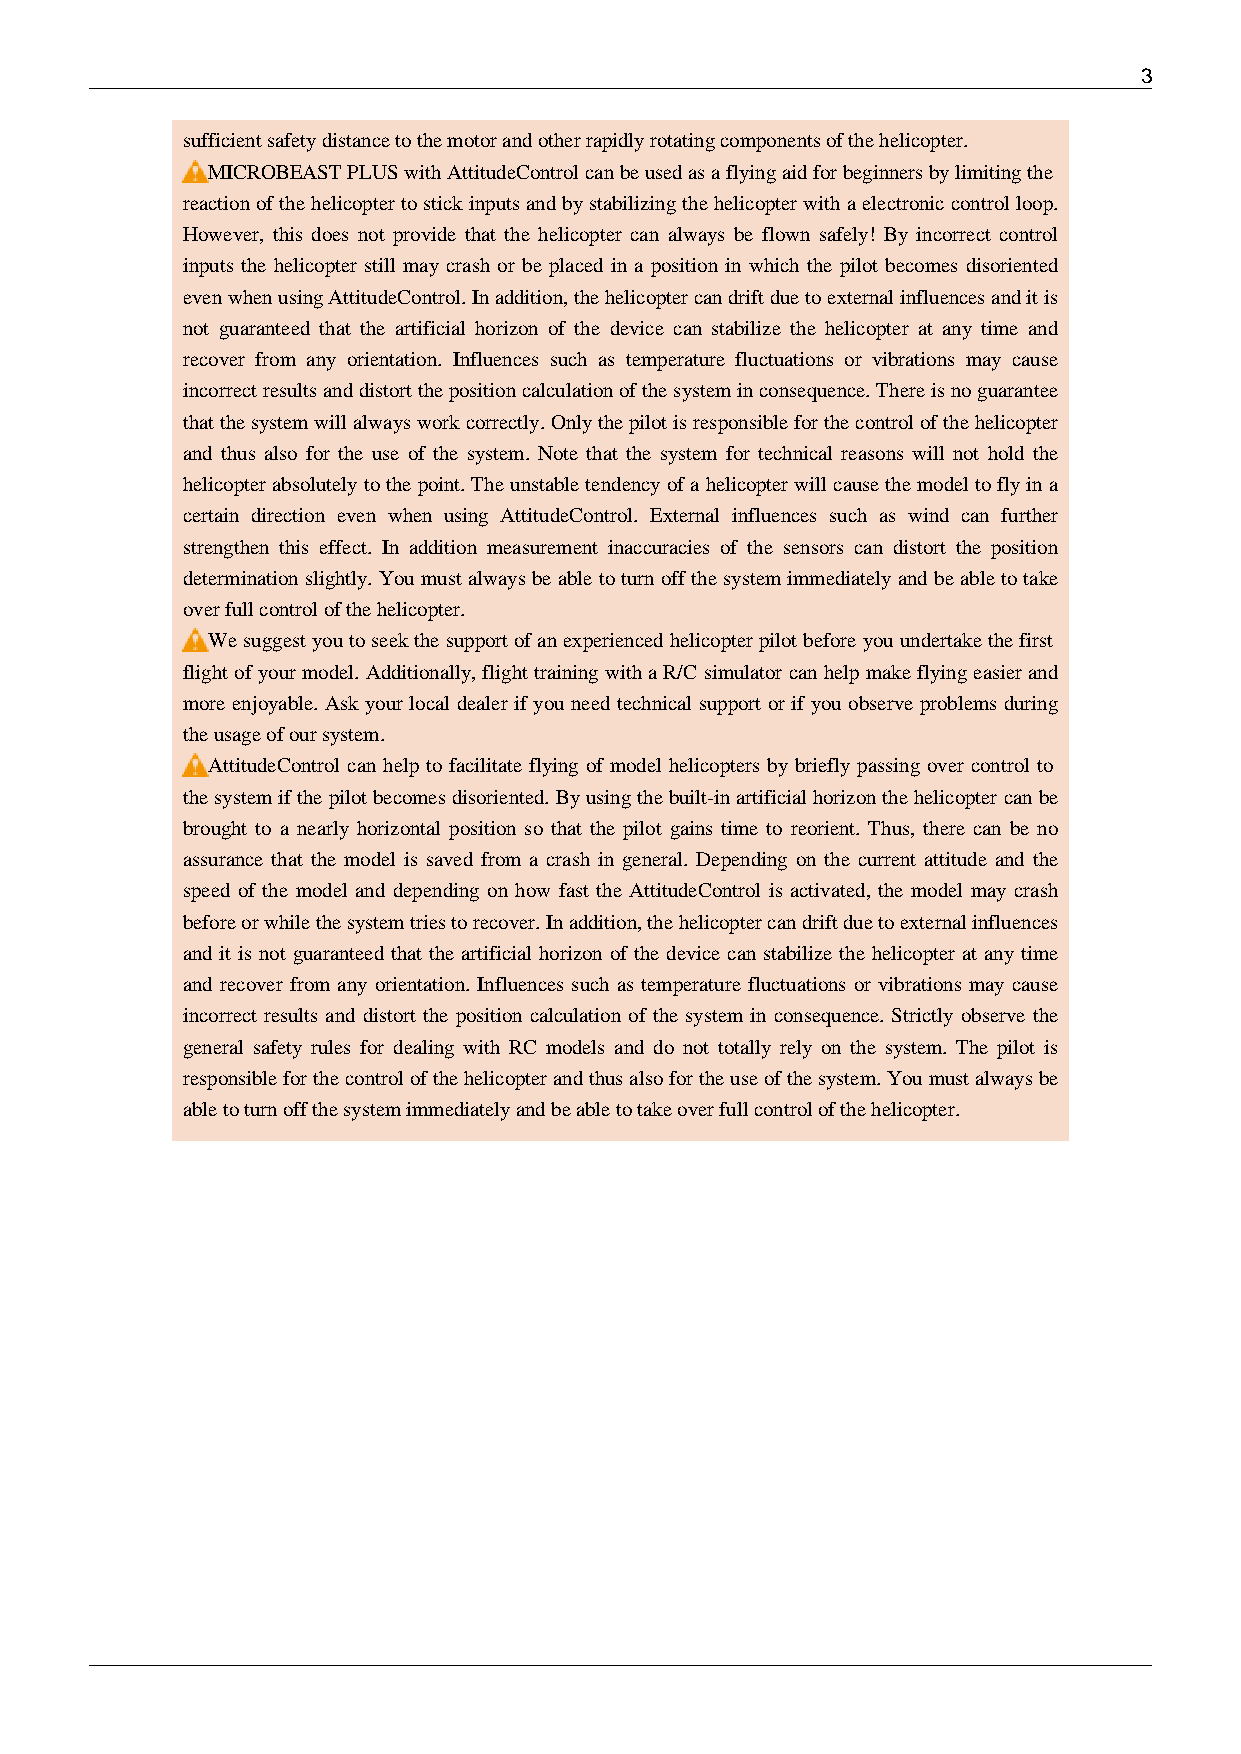
3
 sufficient safety distance to the motor and other rapidly rotating components of the helicopter.
 MICROBEAST PLUS with AttitudeControl can be used as a flying aid for beginners by limiting the
 reaction of the helicopter to stick inputs and by stabilizing the helicopter with a electronic control loop.
 However, this does not provide that the helicopter can always be flown safely! By incorrect control
 inputs the helicopter still may crash or be placed in a position in which the pilot becomes disoriented
 even when using AttitudeControl. In addition, the helicopter can drift due to external influences and it is
 not guaranteed that the artificial horizon of the device can stabilize the helicopter at any time and
 recover from any orientation. Influences such as temperature fluctuations or vibrations may cause
 incorrect results and distort the position calculation of the system in consequence. There is no guarantee
 that the system will always work correctly. Only the pilot is responsible for the control of the helicopter
 and thus also for the use of the system. Note that the system for technical reasons will not hold the
 helicopter absolutely to the point. The unstable tendency of a helicopter will cause the model to fly in a
 certain direction even when using AttitudeControl. External influences such as wind can further
 strengthen this effect. In addition measurement inaccuracies of the sensors can distort the position
 determination slightly. You must always be able to turn off the system immediately and be able to take
 over full control of the helicopter.
 We suggest you to seek the support of an experienced helicopter pilot before you undertake the first
 flight of your model. Additionally, flight training with a R/C simulator can help make flying easier and
 more enjoyable. Ask your local dealer if you need technical support or if you observe problems during
 the usage of our system.
 AttitudeControl can help to facilitate flying of model helicopters by briefly passing over control to
 the system if the pilot becomes disoriented. By using the built-in artificial horizon the helicopter can be
 brought to a nearly horizontal position so that the pilot gains time to reorient. Thus, there can be no
 assurance that the model is saved from a crash in general. Depending on the current attitude and the
 speed of the model and depending on how fast the AttitudeControl is activated, the model may crash
 before or while the system tries to recover. In addition, the helicopter can drift due to external influences
 and it is not guaranteed that the artificial horizon of the device can stabilize the helicopter at any time
 and recover from any orientation. Influences such as temperature fluctuations or vibrations may cause
 incorrect results and distort the position calculation of the system in consequence. Strictly observe the
 general safety rules for dealing with RC models and do not totally rely on the system. The pilot is
 responsible for the control of the helicopter and thus also for the use of the system. You must always be
 able to turn off the system immediately and be able to take over full control of the helicopter.